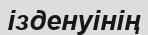
ізденуінің